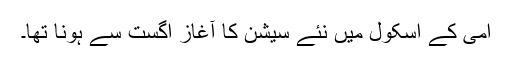
امی کے اسکول میں نئے سیشن کا آغاز اگست سے ہونا تھا۔